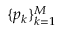
\{ p _ { k } \} _ { k = 1 } ^ { M }